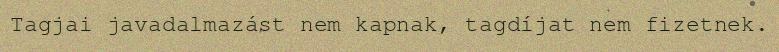
Tagjai javadalmazást nem kapnak, tagdíjat nem fizetnek.